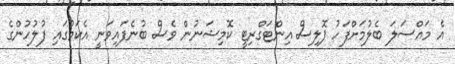
އެ މައްސަލަ ބެލުމަށްފަހު ޕޮލިސް އިންޓަގްރިޓީ ކޮމިޝަނުން ވެސް ބުނެފައިވަނީ އެކަމުގައި ފުލުހުންގެ